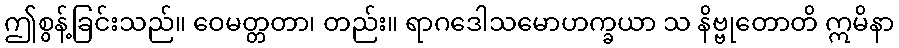
ဤစွန့်ခြင်းသည်။ ဝေမတ္တတာ၊ တည်း။ ရာဂဒေါသမောဟက္ခယာ သ နိဗ္ဗုတောတိ ဣမိနာ